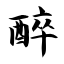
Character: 醉